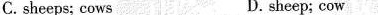
C.sheeps; cows D. sheep; cow